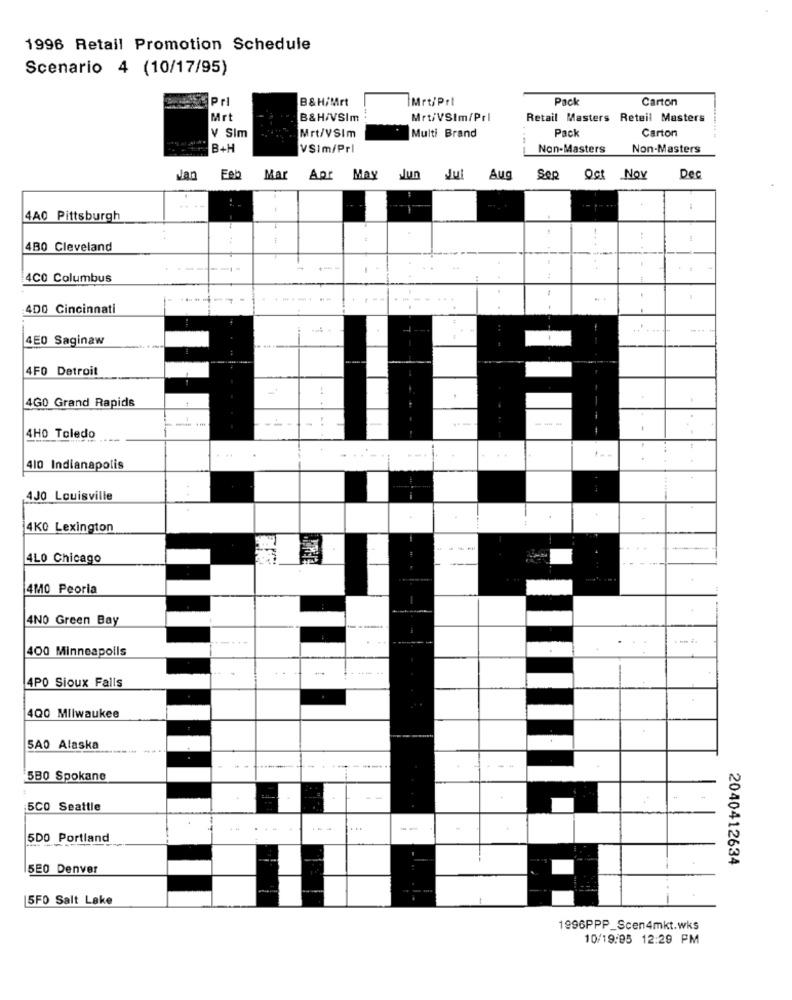
1996 Retail Promotion Schedule
Scenario 4 (10/17/95)
Prl
B&H/Mrt
Mrt/Prl
Pack
Carton
Mrt
B&H/VSIm
Mrt/VSIm/Prl
Retail Masters Reteil Masters
Pack
V Sim
Mrt/VSIm
Multi Brand
Carton
B+H
VSIm/Prl
Non-Masters
Non-Masters
Jan
Feb
Mar
Apr May
Nun Jul
Aug
Sep
Oct Nov
Dec
4A0 Pittsburgh
4B0 Cleveland
-...
4
---
-
4CO Columbus
4D0 Cincinnati
4E0 Saginaw
4FO Detroit
-4
4GO Grand Rapids
---
4HO Toledo
410 Indianapolis
400 Louisville
4K0 Lexington
--
4LO Chicago
4MO Peoria
4NO Green Bay
400 Minneapolis
4PO Sioux Falls
400 Milwaukee
5A0 Alaska
580 Spokane
5CO Seattle
...
--
5DO Portland
2040412634
5E0 Denver
5FO Salt Lake
1996PPP_Scen4mkt.wks
10/19:95 12:29 PM